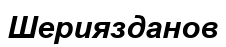
Шериязданов